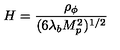
H = { \frac { \rho _ { \phi } } { ( 6 \lambda _ { b } M _ { p } ^ { 2 } ) ^ { 1 / 2 } } }